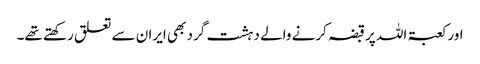
اور کعبۃ اللہ پر قبضہ کرنے والے دہشت گرد بھی ایران سے تعلق رکھتے تھے۔